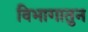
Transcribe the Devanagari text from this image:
विभागातुन